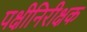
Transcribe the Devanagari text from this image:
पक्षीनिरीक्षक